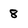
Character: 8